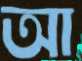
আ